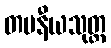
တပနီယသုတ္တ